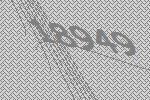
18949